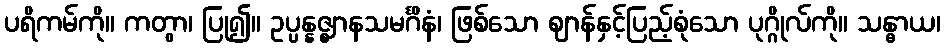
ပရိကမ်ကို။ ကတွာ၊ ပြု၍။ ဥပ္ပန္နဇ္ဈာနသမင်္ဂိနံ၊ ဖြစ်သော ဈာန်နှင့်ပြည့်စုံသော ပုဂ္ဂိုလ်ကို။ သန္ဓာယ၊